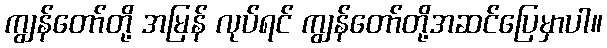
ကျွန်တော်တို့ အမြန် လုပ်ရင် ကျွန်တော်တို့အဆင်ပြေမှာပါ။